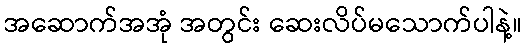
အဆောက်အအုံ အတွင်း ဆေးလိပ်မသောက်ပါနဲ့။